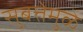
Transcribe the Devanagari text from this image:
सुबत्तेमुळे